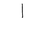
Letter: _alif